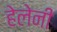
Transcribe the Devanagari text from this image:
हेलेनी